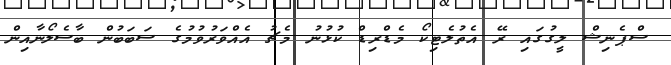
ސްޕެނިޝް ލީގުގައި ރޭ އެތުލެޓިކޯ މެޑްރިޑް ކުޅުނު މެޗު އެއްވަރުވުމުގެ ސަބަބުން ބާސެލޯނާއިން